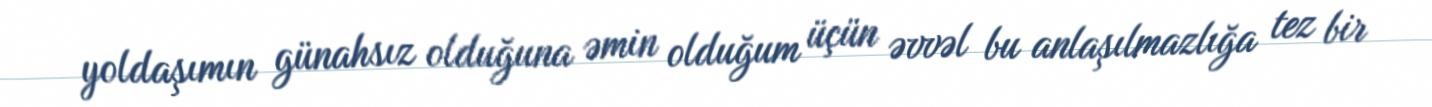
yoldaşımın günahsız olduğuna əmin olduğum üçün əvvəl bu anlaşılmazlığa tez bir